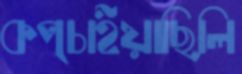
কপ্‌চাইয়াছিলি